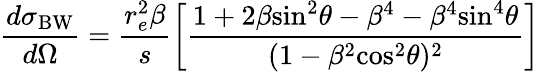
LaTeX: \frac{d\sigma_{\textrm{BW}}}{d\Omega}=\frac{r_{e}^{2}\beta}{s}\bigg[\frac{1+2\beta\mathrm{sin}^{2}\theta-\beta^{4}-\beta^{4}\mathrm{sin}^{4}\theta}{(1-\beta^{2}\mathrm{cos}^{2}\theta)^{2}}\bigg]